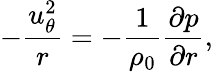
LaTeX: -\frac{u_{\theta}^{2}}{r}=-\frac{1}{\rho_{0}}\frac{\partial p}{\partial r},